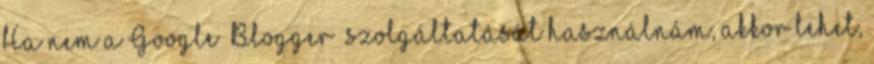
Ha nem a Google „Blogger” szolgáltatását használnám, akkor lehet,